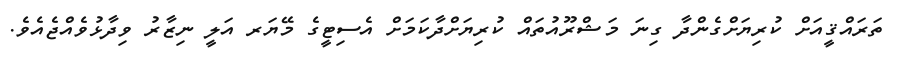
ތަރައްޤީއަށް ކުރިޔަށްގެންދާ ގިނަ މަޝްރޫއުތައް ކުރިޔަށްދާކަމަށް އެސިޓީގެ މޭޔަރ އަލީ ނިޒާރު ވިދާޅުވެއްޖެއެވެ.